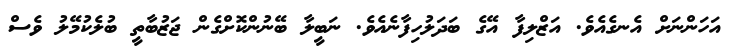
އަހަންނަށް އެނގެއެވެ. އަޒްލިފާ އޭގެ ބަދަލުހިފާނެއެވެ. ނަބީލާ ބޭނުންކޮށްގެން ޖަޒުބާތީ ބުލެކުމޭލު ވެސް